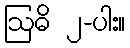
ဩဓိ ၂-ပါး။